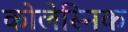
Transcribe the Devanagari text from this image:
कोलेस्निक